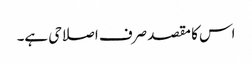
اس کا مقصد صرف اصلاحی ہے۔